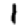
Digit: 1